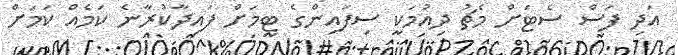
އަދި ފަސް ސެޓަށް މެޗު ދިއުމަކީ ސިފައިންގެ ޓީމަށް ފައިދާކުރާނެ ކަމެއް ކަމަށް